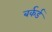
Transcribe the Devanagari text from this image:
बर्कर्ड